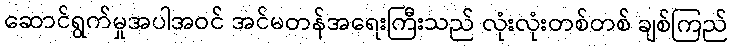
ဆောင်ရွက်မှုအပါအဝင် အင်မတန်အရေးကြီးသည် လုံးလုံးတစ်တစ် ချစ်ကြည်